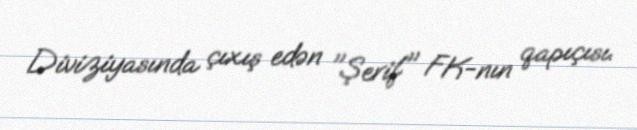
Diviziyasında çıxış edən "Şerif" FK-nın qapıçısı.